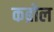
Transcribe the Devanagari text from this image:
कब्रोल